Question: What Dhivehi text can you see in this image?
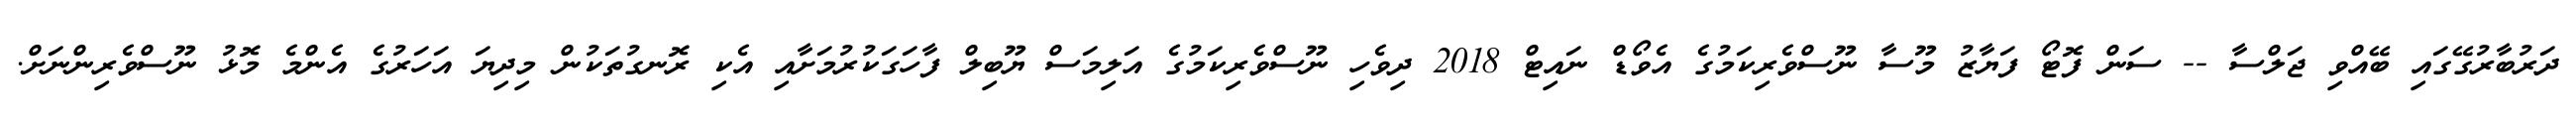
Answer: ދަރުބާރުގޭގައި ބޭއްވި ޖަލްސާ -- ސަން ފޮޓޯ ފަޔާޒު މޫސާ ނޫސްވެރިކަމުގެ އެވޯޑް ނައިޓް 2018 ދިވެހި ނޫސްވެރިކަމުގެ އަލިމަސް ޔޫބިލް ފާހަގަކުރުމަށާއި އެކި ރޮނގުތަކުން މިދިޔަ އަހަރުގެ އެންމެ މޮޅު ނޫސްވެރިންނަށް.